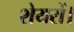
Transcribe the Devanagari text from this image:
शेयरों।